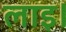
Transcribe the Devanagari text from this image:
लाइ।